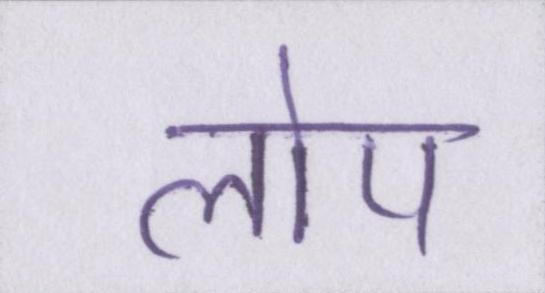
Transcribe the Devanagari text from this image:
लोप